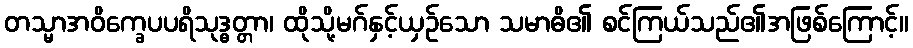
တသ္မာအဝိက္ခေပပရိသုဒ္ဓတ္တာ၊ ထိုသို့မဂ်နှင့်ယှဉ်သော သမာဓိ၏ စင်ကြယ်သည်၏အဖြစ်ကြောင့်။